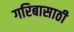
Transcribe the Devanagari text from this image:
गरिबासाठी